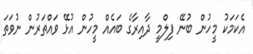
އެކަމަކު މީހުން ބުނޭ ފިލްމީ ދާއިރާގެ ބައެއް މީހުން އުޅޭ ވައްތަރުން ނުވަތަ